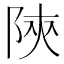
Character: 陝